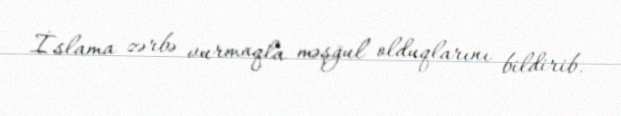
İslama zərbə vurmaqla məşğul olduqlarını bildirib.